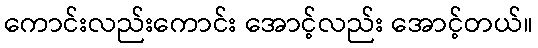
ကောင်းလည်းကောင်း အောင့်လည်း အောင့်တယ်။